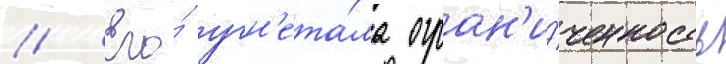
// Его́ угн'ета́ла огран'и́ченность